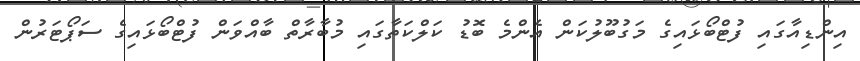
އިންޑިއާގައި ފުޓްބޯޅައިގެ މަގުބޫލުކަން އެންމެ ބޮޑު ކަލްކަތާގައި މުބާރާތް ބާއްވަން ފުޓްބޯޅައިގެ ސަޕޯޓަރުން